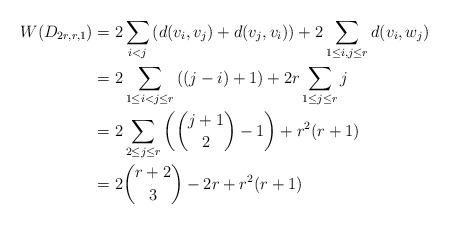
LaTeX: \begin{align*}W(D_{2r,r,1})&=2\sum_{i<j} \left(d(v_i,v_j)+d(v_j,v_i) \right) + 2\sum_{1 \le i,j \le r} d(v_i,w_j)\\&=2\sum_{1\le i<j\le r} \left((j-i)+1 \right) + 2r \sum_{1 \le j \le r} j\\&=2\sum_{2\le j\le r}\left(\binom{j+1}{2}-1\right) + r^2(r+1) \\&=2\binom{r+2}{3}-2r+ r^2(r+1)\\\end{align*}